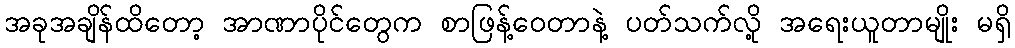
အခုအချိန်ထိတော့ အာဏာပိုင်တွေက စာဖြန့်ဝေတာနဲ့ ပတ်သက်လို့ အရေးယူတာမျိုး မရှိ